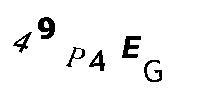
49P4EG